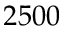
2 5 0 0